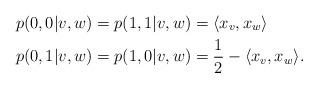
LaTeX: \begin{align*}p(0,0|v,w) &= p(1,1|v,w) = \langle x_v,x_w \rangle \\p(0,1|v,w) &= p(1,0|v,w) = \frac{1}{2}- \langle x_v,x_w \rangle.\end{align*}